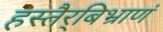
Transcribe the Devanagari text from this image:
हस्तैर्‌बिभ्राणं